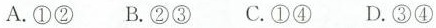
A.①② B.②③ C.①④ D.③④